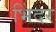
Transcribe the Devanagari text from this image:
भिंदर